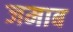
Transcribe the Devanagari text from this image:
जमाब